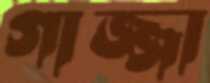
গাজ্জা